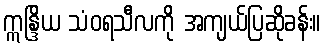
ဣန္ဒြိယ သံဝရသီလကို အကျယ်ပြဆိုခန်း။